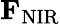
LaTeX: {\mathbf F}_{\mathrm{NIR}}